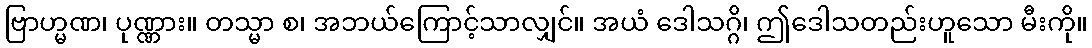
ဗြာဟ္မဏ၊ ပုဏ္ဏား။ တသ္မာ စ၊ အဘယ်ကြောင့်သာလျှင်။ အယံ ဒေါသဂ္ဂိ၊ ဤဒေါသတည်းဟူသော မီးကို။